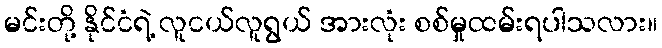
မင်းတို့ နိုင်ငံရဲ့ လူငယ်လူရွယ် အားလုံး စစ်မှုထမ်းရပါသလား။